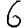
Digit: 6